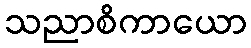
သညာစိကာယော